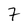
Character: 7